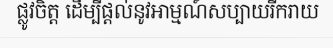
ផ្លូវចិត្ត ដើម្បីផ្តល់នូវអាម្មណ៍សប្បាយរីករាយ